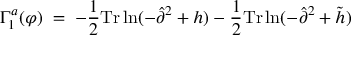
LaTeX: \Gamma _ { 1 } ^ { a } ( \varphi ) \; = \; - \frac { 1 } { 2 } \mathrm { T r } \ln ( - { \hat { \partial } } ^ { 2 } + h ) - \frac { 1 } { 2 } \mathrm { T r } \ln ( - { \hat { \partial } } ^ { 2 } + { \tilde { h } } )